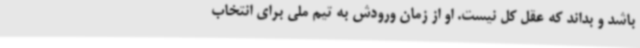
باشد و بداند که عقل کل نیست. او از زمان ورودش به تیم ملی برای انتخاب